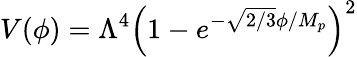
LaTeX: V(\phi)=\Lambda^{4}\left(1-e^{-{\sqrt{2/3}}\phi/M_{p}}\right)^{2}